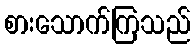
စားသောက်ကြသည်